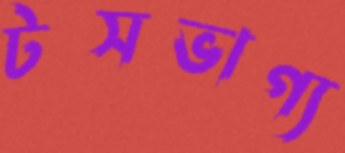
টসভাগ্য